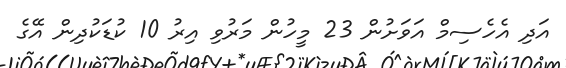
އަދި އެހެސިމް އަވަށުން 23 މީހުން މަރުވި އިރު 10 ކުޑަކުދިން އޭގެ